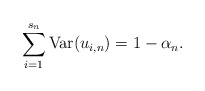
\begin{align*}\sum_{i=1}^{s_{n}}\mbox{Var}(u_{i,n})=1-\alpha _{n}. \end{align*}